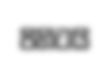
පිහිටයි